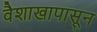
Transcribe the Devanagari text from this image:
वैशाखापासून